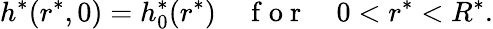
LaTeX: h^{*}(r^{*},0)=h_{0}^{*}(r^{*})\quad\mathrm{~f~o~r~}\quad 0<r^{*}<R^{*}.